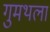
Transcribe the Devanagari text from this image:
गुमथला